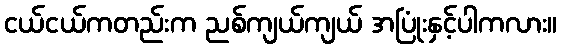
ငယ်ငယ်ကတည်းက ညစ်ကျယ်ကျယ် အပြုံးနှင့်ပါကလား။